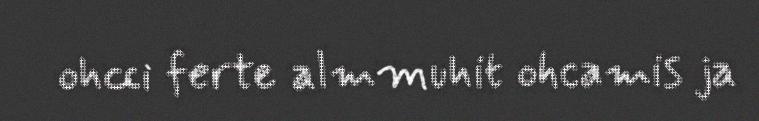
ohcci ferte almmuhit ohcamis ja